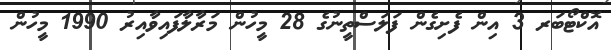
އޮކްޓޯބަރ 3 އިން ފެށިގެން ފަލަސްތީނުގެ 28 މީހުން މަރާލާފައިވާއިރު 1990 މީހުން